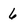
Character: 6